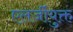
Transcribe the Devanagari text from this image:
एलर्जीयुक्त